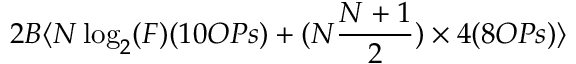
2 B \langle N \log _ { 2 } ( F ) ( 1 0 O P s ) + ( N { \frac { N + 1 } { 2 } } ) \times 4 ( 8 O P s ) \rangle